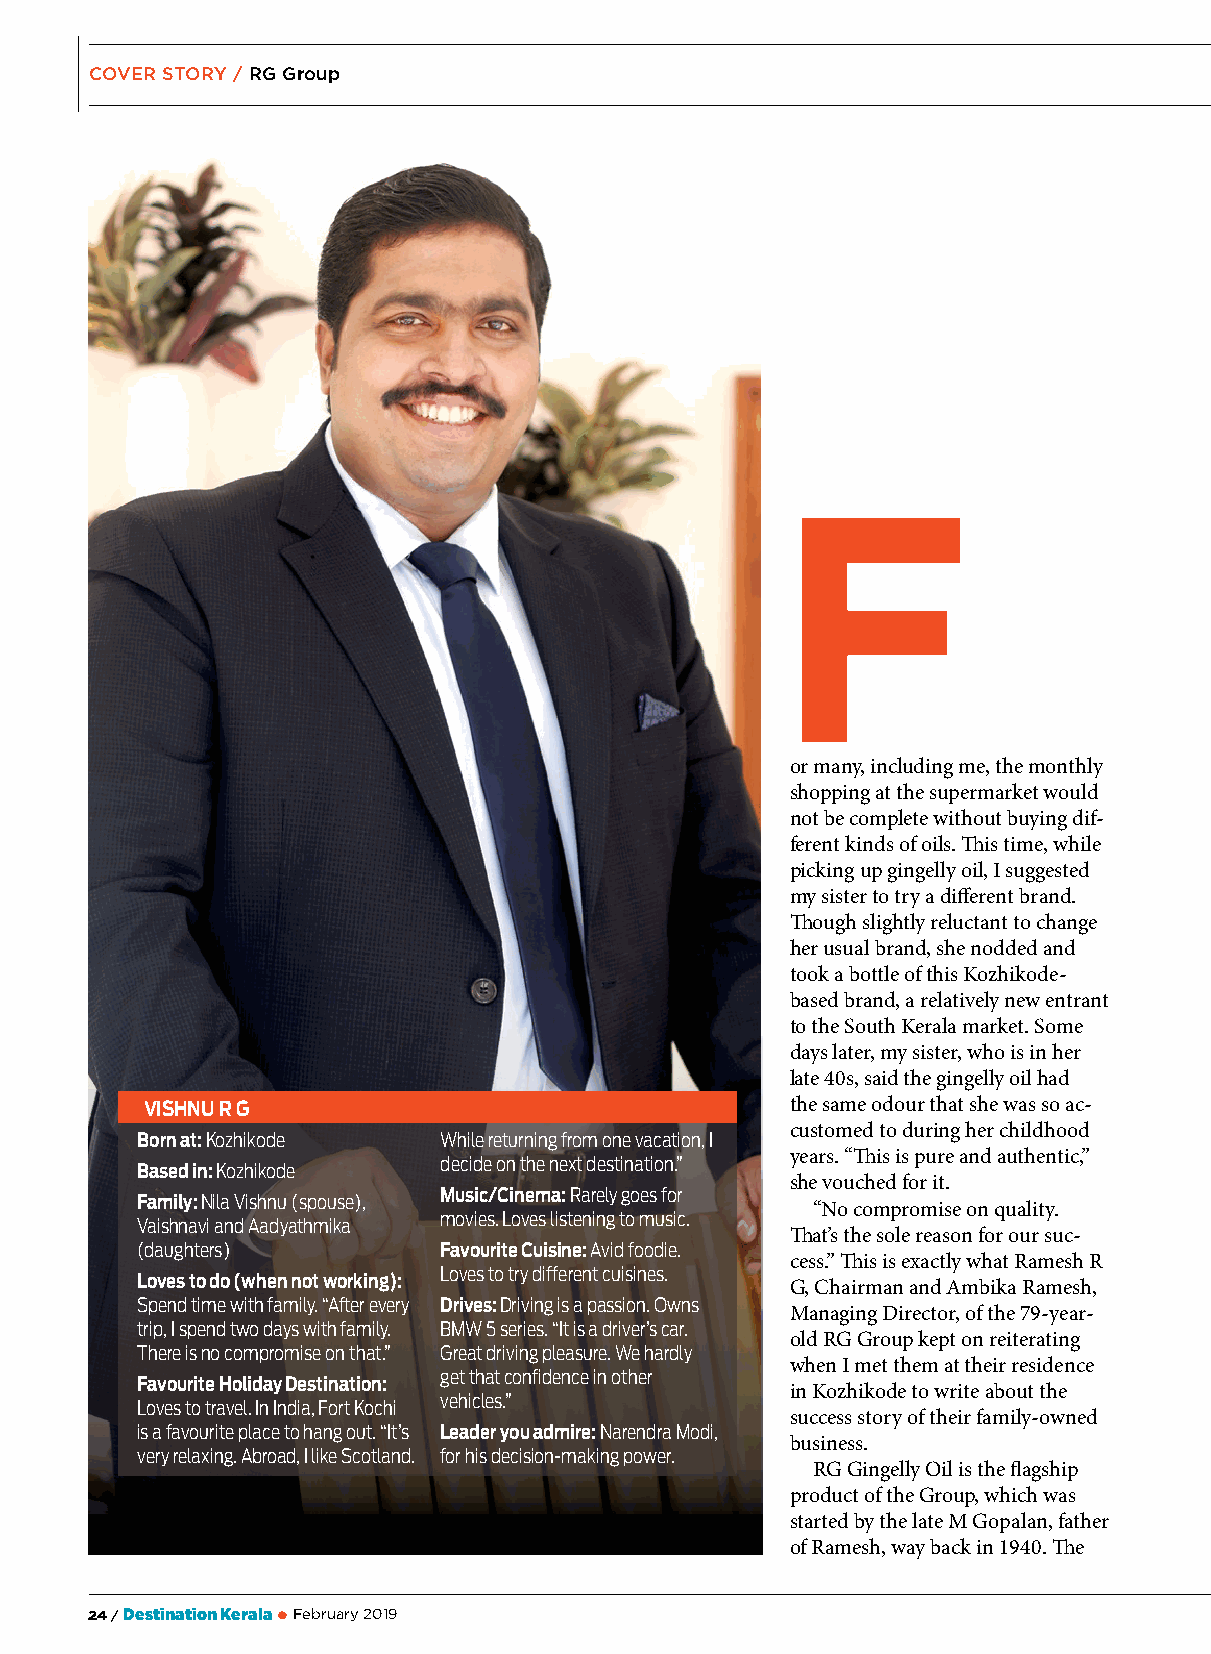
COVER STORY / RG Group
 F
 or many, including me, the monthly
 shopping at the supermarket would
 not be complete without buying dif-
 ferent kinds of oils. This time, while
 picking up gingelly oil, I suggested
 my sister to try a different brand.
 Though slightly reluctant to change
 her usual brand, she nodded and
 took a bottle of this Kozhikode-
 based brand, a relatively new entrant
 to the South Kerala market. Some
 days later, my sister, who is in her
 late 40s, said the gingelly oil had
 VISHNU R G                                the same odour that she was so ac-
 customed to during her childhood
 Born at: Kozhikode  While returning from one vacation, I
 years. “This is pure and authentic,”
 decide on the next destination.”
 Based in: Kozhikode
 she vouched for it.
 Family: Nila Vishnu (spouse), Music/Cinema: Rarely goes for “No compromise on quality.
 movies. Loves listening to music.
 Vaishnavi and Aadyathmika
 That’s the sole reason for our suc-
 (daughters)         Favourite Cuisine: Avid foodie.
 cess.” This is exactly what Ramesh R
 Loves to try different cuisines.
 Loves to do (when not working):            G, Chairman and Ambika Ramesh,
 Spend time with family. “After every Drives: Driving is a passion. Owns
 Managing Director, of the 79-year-
 trip, I spend two days with family. BMW 5 series. “It is a driver’s car.
 old RG Group kept on reiterating
 There is no compromise on that.” Great driving pleasure. We hardly
 when I met them at their residence
 get that confidence in other
 Favourite Holiday Destination:             in Kozhikode to write about the
 vehicles.”
 Loves to travel. In India, Fort Kochi
 success story of their family-owned
 is a favourite place to hang out. “It’s Leader you admire: Narendra Modi,
 business.
 very relaxing. Abroad, I like Scotland. for his decision-making power.
 RG Gingelly Oil is the flagship
 product of the Group, which was
 started by the late M Gopalan, father
 of Ramesh, way back in 1940. The
 24 / DestinationKerala l February 2019